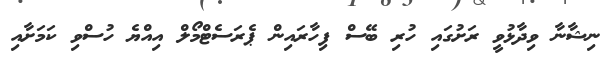
ނިޝާނާ ވިދާޅުވީ ރަށުގައި ހުރި ބޭސް ފިހާރައިން ޕެރަސެޓްމޯލް އިއްޔެ ހުސްވި ކަމަށާއި